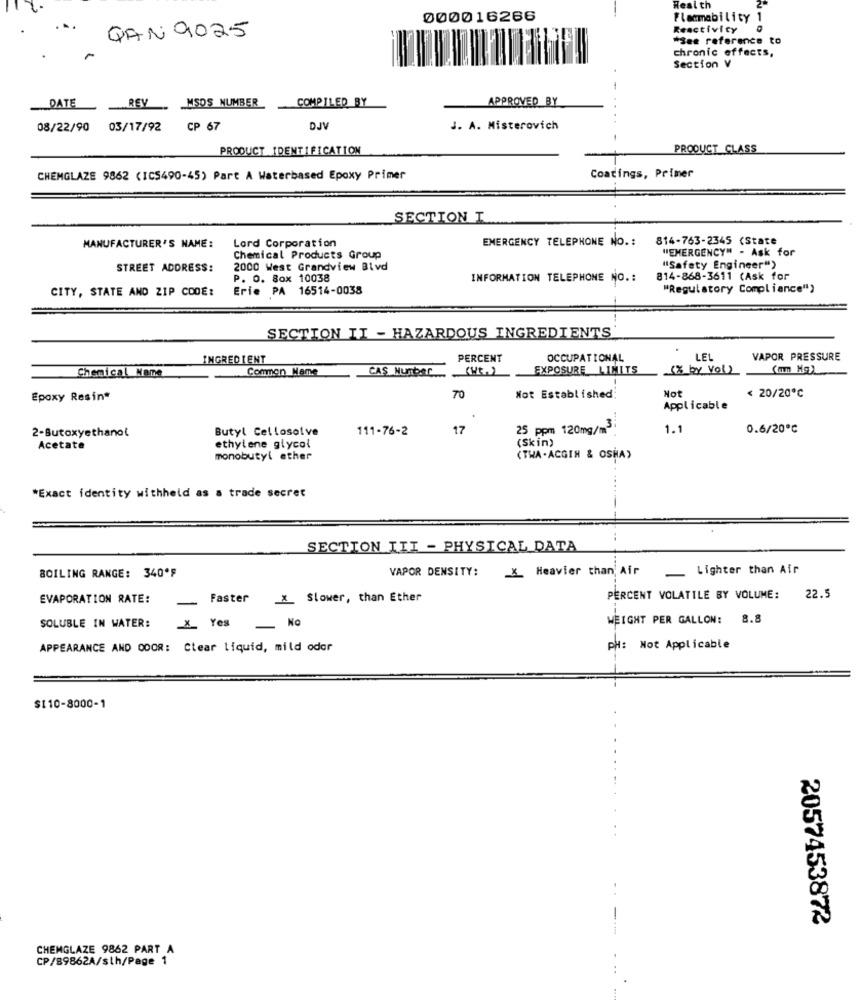
Health
000016266
Flammability 1
Reactivity
QAN 9025
*See reference to
chronic effects,
Section V
-
DATE
REV
MSDS NUMBER
COMPILED BY
APPROVED BY
08/22/90
03/17/92
CP 67
DJV
J. A. Misterovich
PRODUCT IDENTIFICATION
PRODUCT CLASS
CHEMGLAZE 9862 (ICS490-45) Part A Waterbased Epoxy Primer
Coatings, Primer
SECTION I
EMERGENCY TELEPHONE NO. :
814-763-2345 (State
MANUFACTURER'S NAME:
Lord Corporation
"EMERGENCY" - Ask for
Chemical Products Group
STREET ADDRESS:
2000 West Grandview Blvd
"Safety Engineer")
P. O. Box 10038
INFORMATION TELEPHONE NO .:
814-868-3611 (Ask for
CITY, STATE AND ZIP CODE:
Erie PA 16514-0038
"Regulatory Compliance")
SECTION II - HAZARDOUS INGREDIENTS
INGREDIENT
PERCENT
OCCUPATIONAL
LEL
VAPOR PRESSURE
Chemical Name
Common Name
EXPOSURE LIMITS
(3 by vol)
(mm Hg)
CAS Nunbar
Not
Epoxy Resin*
70
Not Established
< 20/20℃
Applicable
2-Butoxyethanol
Butyl Cellosolve
111-76-2
17
25 ppm 120mg/m
1.1
0.6/20℃
(Skin)
Acetate
ethylene glycol
monobutyl ether
(TWA . ACGIN & OSHA)
*Exact identity withheld as a trade secret
SECTION III - PHYSICAL DATA
BOILING RANGE: 340ºF
VAPOR DENSITY:
X Heavier than, Air
-
Lighter than Air
EVAPORATION RATE:
_ Faster
X Slower, than Ether
PERCENT VOLATILE BY VOLUME:
22.5
SOLUBLE IN WATER:
WEIGHT PER GALLON: 8.8
_X_ Yes No
APPEARANCE AND ODOR: Clear liquid, mild odor
PH: Not Applicable
$110-8000-1
2057453872
CHEMGLAZE 9862 PART A
CP/89862A/sth/Page 1